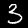
Label: 3